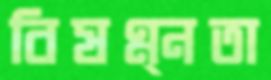
বিষণ্ন্নতা